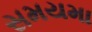
સમયમા